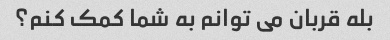
بله قربان می توانم به شما کمک کنم؟